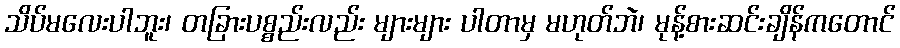
သိပ်မလေးပါဘူး၊ တခြားပစ္စည်းလည်း များများ ပါတာမှ မဟုတ်ဘဲ၊ မုန့်စားဆင်းချိန်ကတောင်